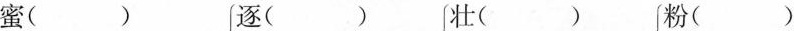
蜜()逐()壮()粉()